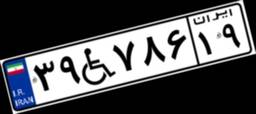
۳۹W۷۸۶۱۹